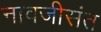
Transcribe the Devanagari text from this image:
नावजीसंत